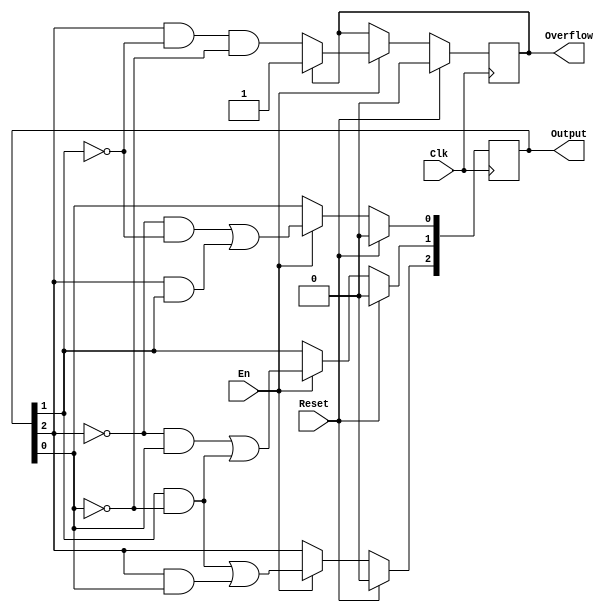
`timescale 1ns / 1ps
//////////////////////////////////////////////////////////////////////////////////
// Company: 
// Engineer: 
// 
// Design Name: 
// Module Name:    gray 
// Project Name: 
// Target Devices: 
// Tool versions: 
// Description: 
//
// Dependencies: 
//
// Revision: 
// Revision 0.01 - File Created
// Additional Comments: 
//
//////////////////////////////////////////////////////////////////////////////////
module gray(
    input Clk,
    input Reset,
    input En,
    output reg [2:0] Output = 2'b00,
    output reg Overflow = 0
    );

	always@(posedge Clk) begin
		if(Reset) begin
			Output <= 2'b00;
			Overflow <= 0;
		end
		else if(En) begin
			Output[2]<=(Output[1]&&!Output[0])||(Output[2]&&Output[0]);
			Output[1]<=(!Output[2]&&Output[0])||(Output[1]&&!Output[0]);
			Output[0]<=(!Output[2]&&!Output[1])||(Output[2]&&Output[1]);
			if(Overflow==0) begin
				Overflow <= (Output[2]&&!Output[1]&&!Output[0]);
			end
		end
	end

endmodule